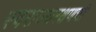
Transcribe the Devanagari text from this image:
स्वराज्यरक्षणची